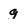
Character: g